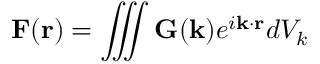
\mathbf { F } ( \mathbf { r } ) = \iiint \mathbf { G } ( \mathbf { k } ) e ^ { i \mathbf { k } \cdot \mathbf { r } } d V _ { k }